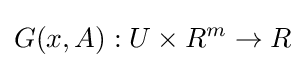
G(x,A):U\times R^{m}\to R